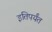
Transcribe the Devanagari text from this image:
इतिपर्यंत